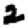
Digit: 2